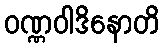
ဝဏ္ဏဝါဒိနောတိ